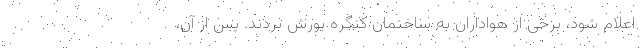
اعلام شود، برخی از هواداران به ساختمان کنگره یورش بردند. پس از آن،